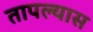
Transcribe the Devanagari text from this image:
तापल्यास